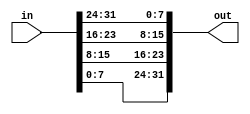
module top_module(
    input [31:0] in,
    output [31:0] out );//
    wire [7:0] a, b, c, d;
    assign {a, b, c, d} = in;
    assign out = {d, c, b, a};
    // assign out[31:24] = ...;

endmodule